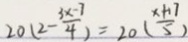
2 0 ( 2 - \frac { 3 x - 7 } { 4 } ) = 2 0 ( \frac { x + 1 7 } { 5 } )